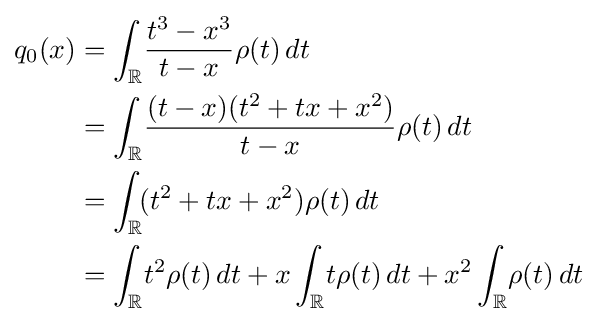
{\begin{aligned}q_{0}(x)&{}=\int _{\mathbb {R} }\!{\frac {t^{3}-x^{3}}{t-x}}\rho (t)\,dt\\&{}=\int _{\mathbb {R} }\!{\frac {(t-x)(t^{2}+tx+x^{2})}{t-x}}\rho (t)\,dt\\&{}=\int _{\mathbb {R} }\!(t^{2}+tx+x^{2})\rho (t)\,dt\\&{}=\int _{\mathbb {R} }\!t^{2}\rho (t)\,dt+x\int _{\mathbb {R} }\!t\rho (t)\,dt+x^{2}\int _{\mathbb {R} }\!\rho (t)\,dt\end{aligned}}